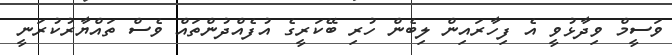
ވަސީމް ވިދާޅުވީ އެ ފިހާރައިން ލިބެން ހުރި ބޭކަރީގެ އުފެއްދުންތައް ވެސް ތައްޔާރުކުރަނީ